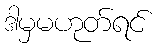
ဒါမှမဟုတ်ရင်